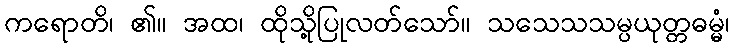
ကရောတိ၊ ၏။ အထ၊ ထိုသို့ပြုလတ်သော်။ သသေသသမ္ပယုတ္တဓမ္မံ၊